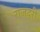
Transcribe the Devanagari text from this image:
राजदरी